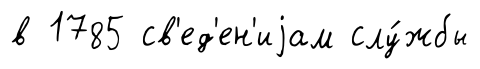
в 1785 св'ед'ен'иjам слу́жбы